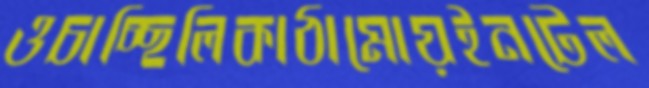
ওচাচ্ছিলিকাঠামোয়ইনটেল